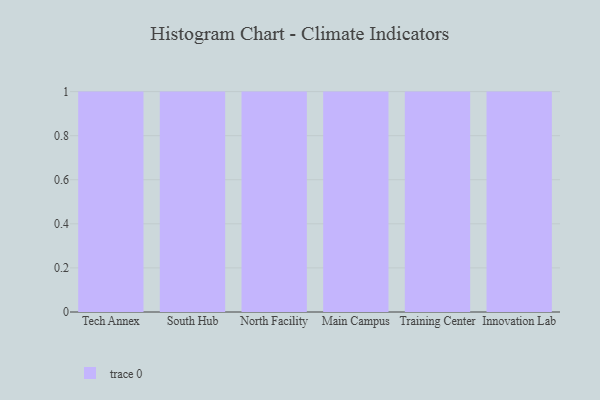
{"axis": {"x": "Campus", "y": "Headcount"}, "legend": [""], "data": [{"x": "Tech Annex", "y": 98, "type": ""}, {"x": "South Hub", "y": 76, "type": ""}, {"x": "North Facility", "y": 64, "type": ""}, {"x": "Main Campus", "y": 90, "type": ""}, {"x": "Training Center", "y": 71, "type": ""}, {"x": "Innovation Lab", "y": 53, "type": ""}]}